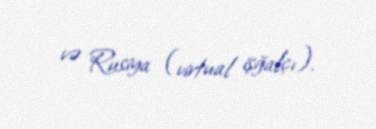
və Rusiya (virtual işğalçı).